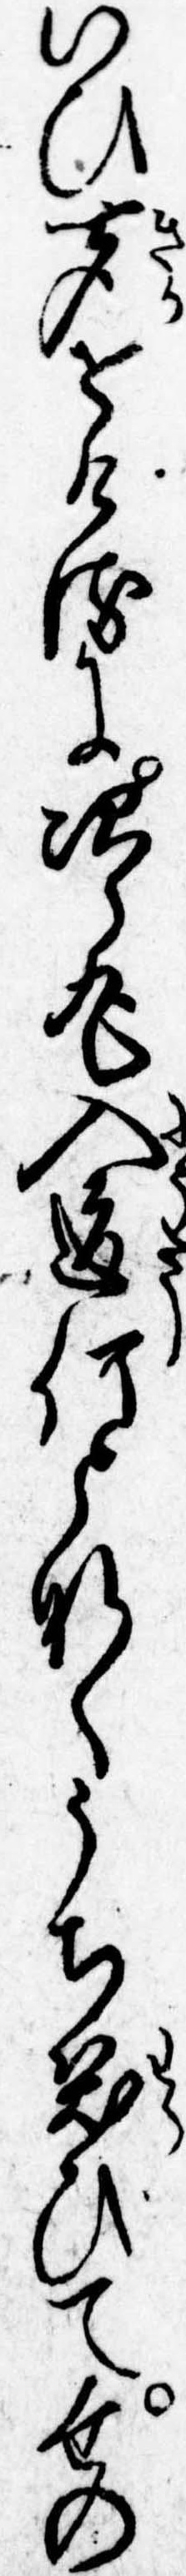
いひ聞せけるに次郎丸入道何となくうち笑ひて世の